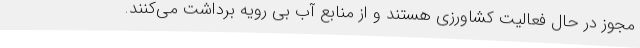
مجوز در حال فعالیت کشاورزی هستند و از منابع آب بی رویه برداشت می‌کنند.